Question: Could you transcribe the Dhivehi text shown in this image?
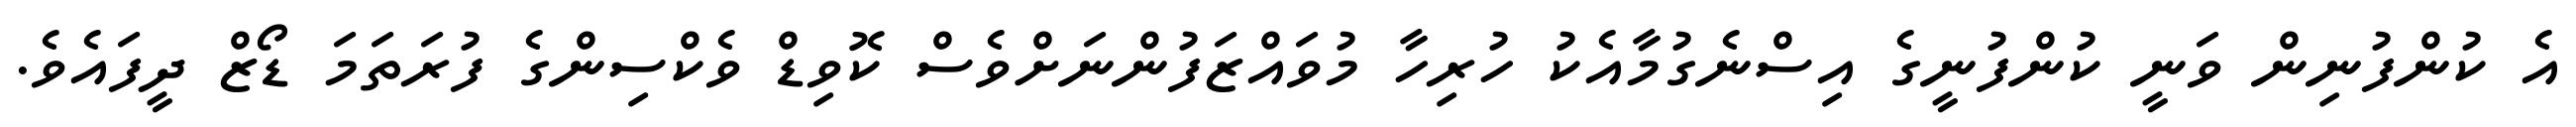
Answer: އެ ކުންފުނިން ވަނީ ކުންފުނީގެ އިސްނެގުމާއެކު ހުރިހާ މުވައްޒަފުންނަށްވެސް ކޮވިޑް ވެކްސިންގެ ފުރަތަމަ ޑޯޒް ދީފައެވެ.